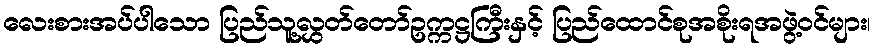
လေးစားအပ်ပါသော ပြည်သူ့လွှတ်တော်ဥက္ကဋ္ဌကြီးနှင့် ပြည်ထောင်စုအစိုးရအဖွဲ့ဝင်များ၊